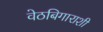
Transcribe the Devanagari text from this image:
वेठबिगाराशी